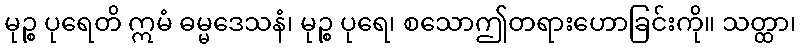
မုဉ္စ ပုရေတိ ဣမံ ဓမ္မဒေသနံ၊ မုဉ္စ ပုရေ၊ စသောဤတရားဟောခြင်းကို။ သတ္ထာ၊